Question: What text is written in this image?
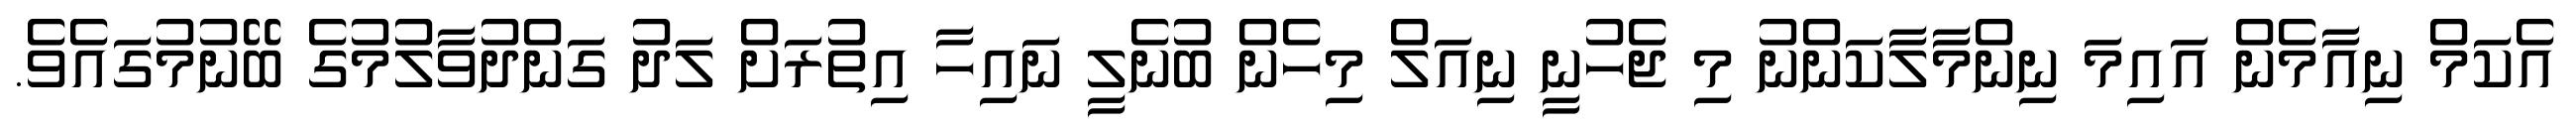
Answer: އެކަމް ނިއާމެން އައިމަ ނިންމާލާކަންނު މި ޖެހުނީ ނިއަލް މިހެން ބުނެލީ ނައިހާ އިތުރަށް ލަދު ގަންދުވާލުމުގެ ބޭނުމުގައެވެ.